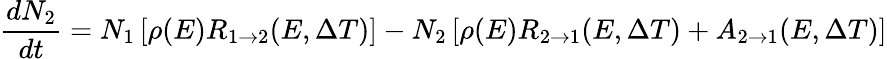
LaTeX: \frac{dN_{2}}{dt}=N_{1}\left[\rho(E)R_{1\rightarrow 2}(E,\Delta T)\right]-N_{2}\left[\rho(E)R_{2\rightarrow 1}(E,\Delta T)+A_{2\rightarrow 1}(E,\Delta T)\right]